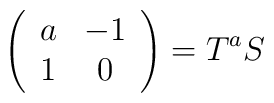
\left(\begin{array}{cc}a&-1\\1&0\end{array}\right)=T^{a}S